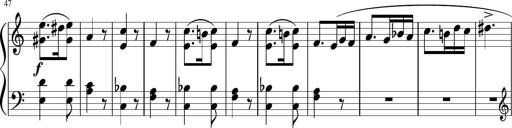
Title: 4 Sonatinas
Composer: Jacob Schmitt